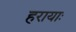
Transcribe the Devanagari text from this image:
हरायाः